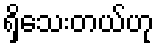
ရှိသေးတယ်ဟု